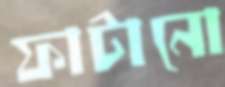
ফাটানো